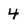
Character: 4